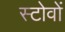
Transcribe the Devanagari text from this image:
स्टोवों